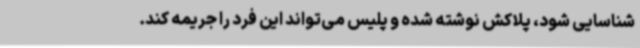
شناسایی شود، پلاکش نوشته شده و پلیس می‌تواند این فرد را جریمه کند.